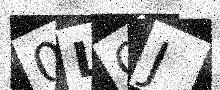
Text: 0LQJ